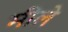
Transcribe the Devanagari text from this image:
मीले